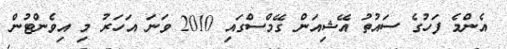
އެންމެ ފަހުގެ ސައުތު އޭޝިއަން ގޭމްސްގައި 2010 ވަނަ އަހަރު މި އިވެންޓުން